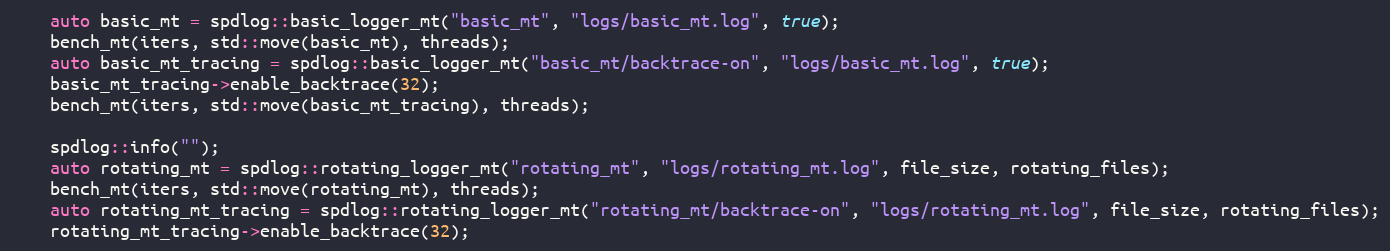
Language: C++
    auto basic_mt = spdlog::basic_logger_mt("basic_mt", "logs/basic_mt.log", true);
    bench_mt(iters, std::move(basic_mt), threads);
    auto basic_mt_tracing = spdlog::basic_logger_mt("basic_mt/backtrace-on", "logs/basic_mt.log", true);
    basic_mt_tracing->enable_backtrace(32);
    bench_mt(iters, std::move(basic_mt_tracing), threads);

    spdlog::info("");
    auto rotating_mt = spdlog::rotating_logger_mt("rotating_mt", "logs/rotating_mt.log", file_size, rotating_files);
    bench_mt(iters, std::move(rotating_mt), threads);
    auto rotating_mt_tracing = spdlog::rotating_logger_mt("rotating_mt/backtrace-on", "logs/rotating_mt.log", file_size, rotating_files);
    rotating_mt_tracing->enable_backtrace(32);